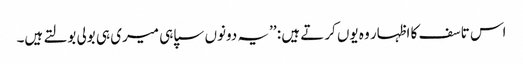
اس تاسف کا اظہار وہ یوں کرتے ہیں : ’’یہ دونوں سپاہی میری ہی بولی بولتے ہیں۔